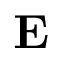
{ \bf E }